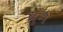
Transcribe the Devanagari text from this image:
ब्रुनै